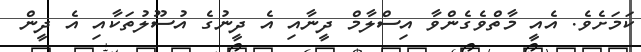
ކަމަށެވެ. އެއީ މާތްވެގެންވާ އިސްލާމް ދީނާއި އެ ދީނުގެ އުސޫލުތަކާއި އެ ދީން